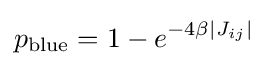
p_{\text{blue}}=1-e^{-4\beta |J_{ij}|}